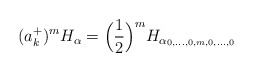
\begin{align*}(a^+_k)^mH_\alpha=\Big(\frac{1}{2}\Big)^mH_{\alpha_{0,\dots,0,m,0,\dots,0}}\end{align*}